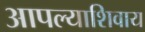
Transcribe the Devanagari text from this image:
आपल्याशिवाय